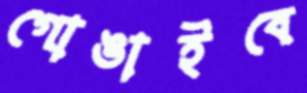
গোঙাইবে